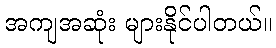
အကျအဆုံး များနိုင်ပါတယ်။